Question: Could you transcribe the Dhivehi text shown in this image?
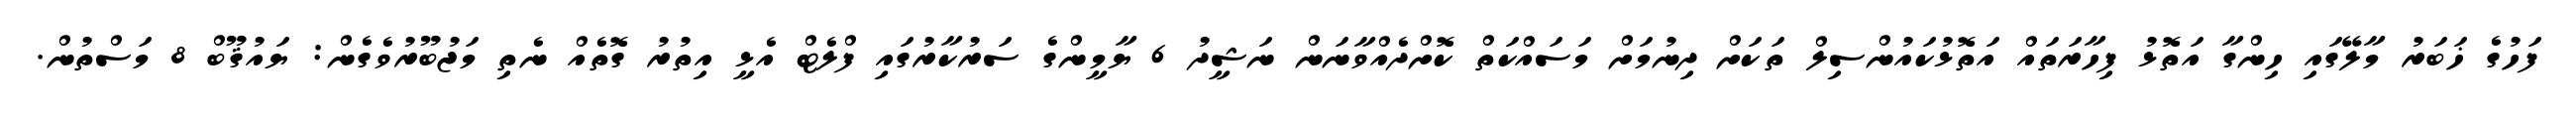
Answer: ފަހުގެ ޚަބަރު މާލޭގައި ހިންގާ އަތޮޅު ފިހާރަތައް އަތޮޅުކައުންސިލް ތަކަށް ދިނުމަށް މަސައްކަތް ކޮށްދެއްވާނަން ނަޝީދު 6 ޔާމީންގެ ސަރުކާރުގައި ފްލެޓް އެޅީ އިތުރު ގޮތެއް ނެތި މަޖުބޫރުވެގެން: ޔައުޤޫބް 8 މަސްތުން.